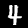
Label: 4